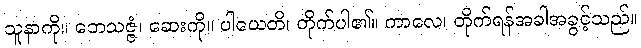
သူနာကို။ ဘေသဇ္ဇံ၊ ဆေးကို။ ပါယေတိ၊ တိုက်ပါ၏။ ကာလေ၊ တိုက်ရန်အခါအခွင့်သည်။